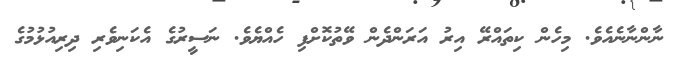
ނާންނާނެއެވެ. މިހެން ކިތައްރޭ އިރު އަރަންދެން ވޭތުކޮށްފި ހެއްޔެވެ. ނަސީރުގެ އެކަނިވެރި ދިރިއުޅުމުގެ